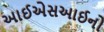
આઈએસઆઈનો